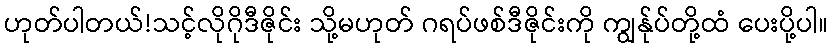
ဟုတ်ပါတယ်!သင့်လိုဂိုဒီဇိုင်း သို့မဟုတ် ဂရပ်ဖစ်ဒီဇိုင်းကို ကျွန်ုပ်တို့ထံ ပေးပို့ပါ။